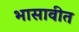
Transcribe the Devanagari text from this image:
भासावीत